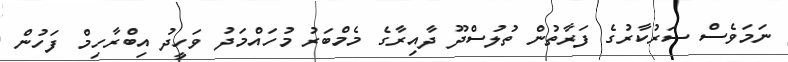
ނަމަވެސް ސަރުކާރުގެ ފަރާތުން ތުލުސްދޫ ދާއިރާގެ މެމްބަރު މުހައްމަދު ވަހީދު އިބްރާހިމް ފަހުން